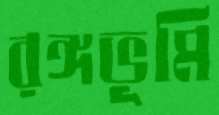
রঙ্গভূমি